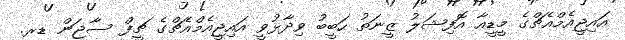
އައިޖީއެމްއެޗްގެ މީޑީއާ އޮފިޝަލު ޒީނަތު ހަބީބު ވިދާޅުވީ އައިޖީއެމްއެޗްގެ ޗީފް ސާޖަން ޑރ.